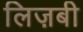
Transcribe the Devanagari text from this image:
लिज़बी